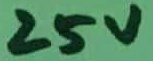
Text: 25V